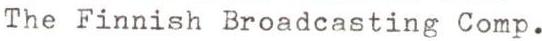
The Finnish Broadcasting Comp.